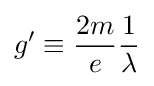
g'\equiv {}{\frac {2m}{e}}{\frac {1}{\lambda }}